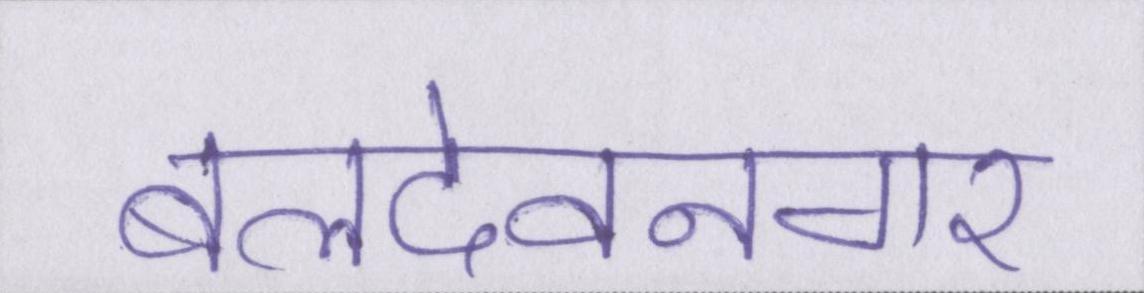
बलदेवनगर